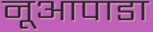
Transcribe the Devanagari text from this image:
नूआपाडा